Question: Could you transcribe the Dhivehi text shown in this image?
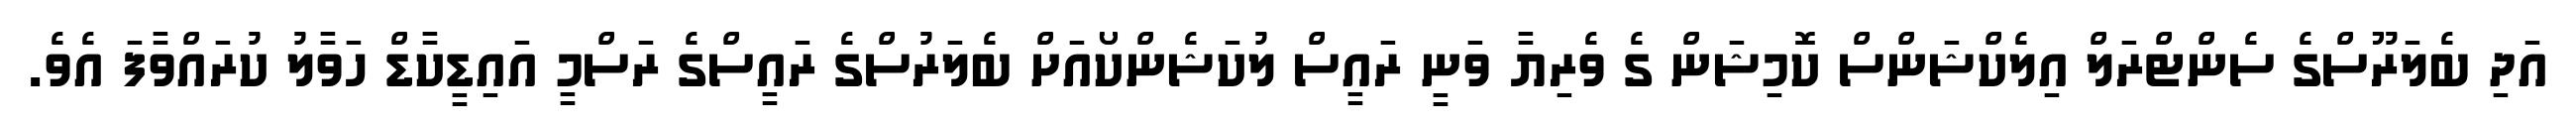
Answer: އަދި ބެލަރޫސްގެ ސެންޓްރަލް އިލެކްޝަންސް ކޮމިޝަން ގެ ވެރިޔާ ވަނީ ރައީސް ލުކަޝެންކޯއަށް ބެލަރުސްގެ ރައީސްގެ ރަސްމީ އައިޑީކާޑް ހަވާލު ކުރައްވާފަ އެވެ.